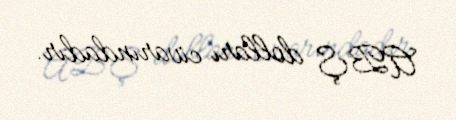
ABŞ dolları civarındadır.